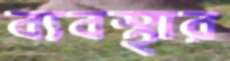
ব্যবস্থার